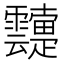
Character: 𲊓